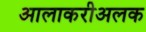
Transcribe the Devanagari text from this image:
आलाकरीअलक